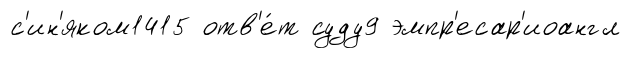
с'ин'яком1415 отв'е́т суду9 эмпр'есар'иоангл